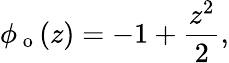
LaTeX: \phi_{\mathrm{~o~}}(z)=-1+\frac{z^{2}}{2},